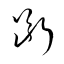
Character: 斷